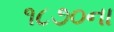
૧૮૭૦ના